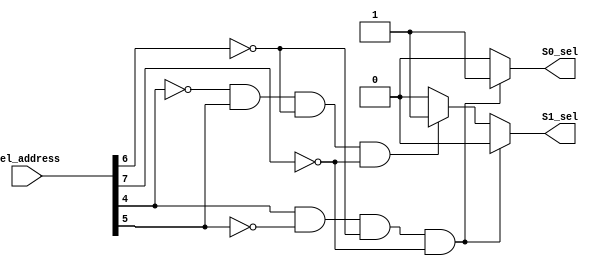
module	Address_decoder(sel_address, S0_sel, S1_sel);  // bus - Address_decoder.
	input			[7:0]	sel_address;
	output reg			S0_sel, S1_sel;

	always @ (sel_address)										  // bus - S0_sel S1_sel .
	begin
		if((sel_address[4] == 1) && (sel_address[5] == 0) && (sel_address[6] == 0) && (sel_address[7] == 0))
			begin
				S0_sel <= 1'b1;
				S1_sel <= 1'b0;
			end
		else if((sel_address[4] == 0) && (sel_address[5] == 1) && (sel_address[6] == 0) && (sel_address[7] == 0))
			begin
				S0_sel <= 1'b0;
				S1_sel <= 1'b1;
			end
		else
			begin
				S0_sel <= 1'b0;
				S1_sel <= 1'b0;			
			end
	end
endmodule